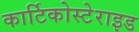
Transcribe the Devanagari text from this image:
कार्टिकोस्टेराइड